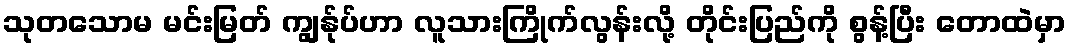
သုတသောမ မင်းမြတ် ကျွန်ုပ်ဟာ လူသားကြိုက်လွန်းလို့ တိုင်းပြည်ကို စွန့်ပြီး တောထဲမှာ